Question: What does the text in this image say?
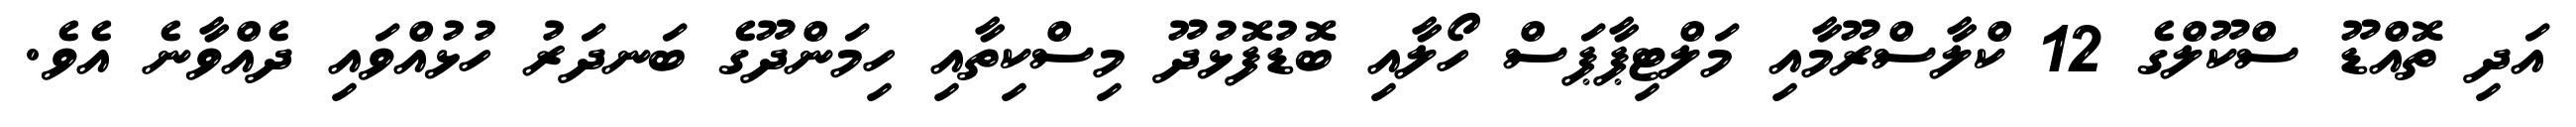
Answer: އަދި ތޮއްޑޫ ސްކޫލްގެ 12 ކްލާސްރޫމާއި މަލްޓިޕާޕަސް ހޯލާއި ބޮޑުފޮޅުދޫ މިސްކިތާއި ހިމަންދޫގެ ބަނދަރު ހުޅުއްވައި ދެއްވާނެ އެވެ.